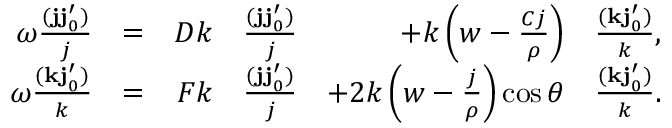
\begin{array} { r l r l r l } { \omega \frac { ( \ensuremath { \mathbf { j } } \ensuremath { \mathbf { j } _ { 0 } ^ { \prime } } ) } { j } } & { = } & { D k } & { \frac { ( \ensuremath { \mathbf { j } } \ensuremath { \mathbf { j } _ { 0 } ^ { \prime } } ) } { j } } & { + k \left( w - \frac { C j } { \rho } \right) } & { \frac { ( \ensuremath { \mathbf { k } } \ensuremath { \mathbf { j } _ { 0 } ^ { \prime } } ) } { k } , } \\ { \omega \frac { ( \ensuremath { \mathbf { k } } \ensuremath { \mathbf { j } _ { 0 } ^ { \prime } } ) } { k } } & { = } & { F k } & { \frac { ( \ensuremath { \mathbf { j } } \ensuremath { \mathbf { j } _ { 0 } ^ { \prime } } ) } { j } } & { + 2 k \left( w - \frac { j } { \rho } \right) \cos \theta } & { \frac { ( \ensuremath { \mathbf { k } } \ensuremath { \mathbf { j } _ { 0 } ^ { \prime } } ) } { k } . } \end{array}